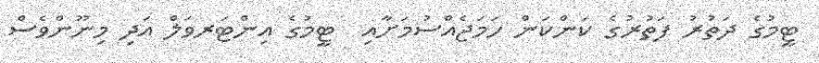
ޓީމުގެ ދަތުރު ފަތުރުގެ ކަންކަން ހަމަޖެއްސުމަށާއި  ޓީމުގެ އިންޓަރވަލް އަދި މިނޫންވެސް